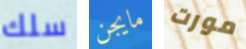
سلك مايجن مورت